Vaccination North-Western Provinces and Oudh 1896-1901 - 1896-1901
Year: 1896
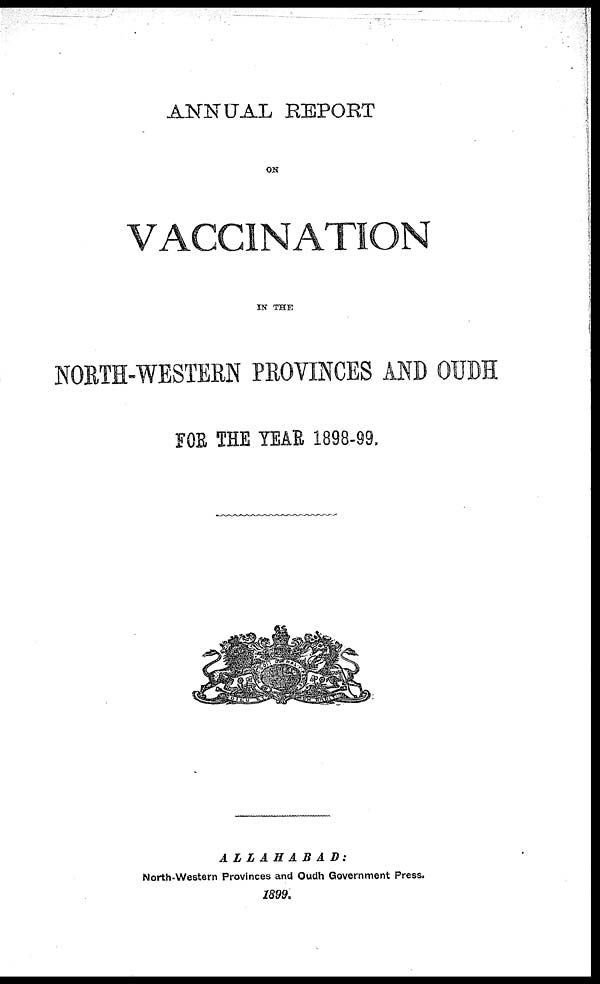
ANNUAL REPORT
ON
VACCINATION
IN THE
NORTH-WESTERN PROVINCES AND OUDH
FOR THE YEAR 1898-99.
ALLAHABAD:
North-Western Provinces and Oudh Government Press.
1899.